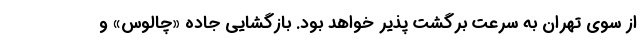
از سوی تهران به سرعت برگشت پذیر خواهد بود. بازگشایی جاده «چالوس» و